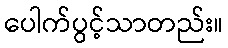
ပေါက်ပွင့်သာတည်း။